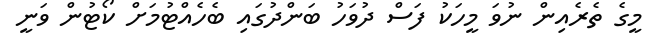
މީގެ ތެރެއިން ނުވަ މީހަކު ފަސް ދުވަހު ބަންދުގައި ބެހެއްޓުމަށް ކޯޓުން ވަނީ